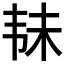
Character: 𱂄